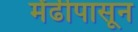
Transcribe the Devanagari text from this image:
मेंढीपासून